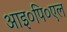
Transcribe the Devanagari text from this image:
आइ०पि०एल